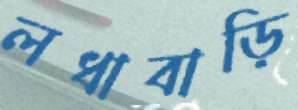
লধাবাড়ি